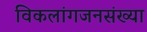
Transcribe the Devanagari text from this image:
विकलांगजनसंख्या